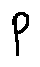
p